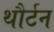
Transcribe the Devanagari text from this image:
थौर्टन